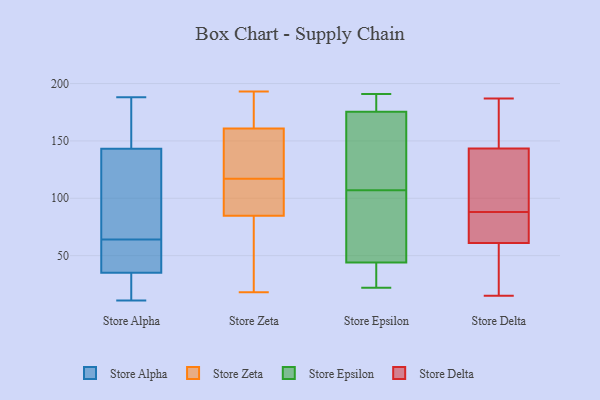
{"axis": {"x": "Shipments", "y": "Value"}, "legend": ["Store Alpha", "Store Delta", "Store Epsilon", "Store Zeta"], "data": [{"x": "", "y": 186, "type": "Store Alpha"}, {"x": "", "y": 11, "type": "Store Alpha"}, {"x": "", "y": 34, "type": "Store Alpha"}, {"x": "", "y": 61, "type": "Store Alpha"}, {"x": "", "y": 155, "type": "Store Alpha"}, {"x": "", "y": 34, "type": "Store Alpha"}, {"x": "", "y": 100, "type": "Store Alpha"}, {"x": "", "y": 114, "type": "Store Alpha"}, {"x": "", "y": 64, "type": "Store Alpha"}, {"x": "", "y": 188, "type": "Store Alpha"}, {"x": "", "y": 145, "type": "Store Alpha"}, {"x": "", "y": 54, "type": "Store Alpha"}, {"x": "", "y": 65, "type": "Store Alpha"}, {"x": "", "y": 50, "type": "Store Alpha"}, {"x": "", "y": 138, "type": "Store Alpha"}, {"x": "", "y": 38, "type": "Store Alpha"}, {"x": "", "y": 31, "type": "Store Alpha"}, {"x": "", "y": 165, "type": "Store Alpha"}, {"x": "", "y": 26, "type": "Store Alpha"}, {"x": "", "y": 164, "type": "Store Zeta"}, {"x": "", "y": 74, "type": "Store Zeta"}, {"x": "", "y": 61, "type": "Store Zeta"}, {"x": "", "y": 151, "type": "Store Zeta"}, {"x": "", "y": 83, "type": "Store Zeta"}, {"x": "", "y": 134, "type": "Store Zeta"}, {"x": "", "y": 90, "type": "Store Zeta"}, {"x": "", "y": 105, "type": "Store Zeta"}, {"x": "", "y": 136, "type": "Store Zeta"}, {"x": "", "y": 96, "type": "Store Zeta"}, {"x": "", "y": 165, "type": "Store Zeta"}, {"x": "", "y": 117, "type": "Store Zeta"}, {"x": "", "y": 18, "type": "Store Zeta"}, {"x": "", "y": 193, "type": "Store Zeta"}, {"x": "", "y": 190, "type": "Store Zeta"}, {"x": "", "y": 185, "type": "Store Epsilon"}, {"x": "", "y": 24, "type": "Store Epsilon"}, {"x": "", "y": 32, "type": "Store Epsilon"}, {"x": "", "y": 101, "type": "Store Epsilon"}, {"x": "", "y": 24, "type": "Store Epsilon"}, {"x": "", "y": 113, "type": "Store Epsilon"}, {"x": "", "y": 187, "type": "Store Epsilon"}, {"x": "", "y": 191, "type": "Store Epsilon"}, {"x": "", "y": 186, "type": "Store Epsilon"}, {"x": "", "y": 56, "type": "Store Epsilon"}, {"x": "", "y": 147, "type": "Store Epsilon"}, {"x": "", "y": 22, "type": "Store Epsilon"}, {"x": "", "y": 153, "type": "Store Epsilon"}, {"x": "", "y": 85, "type": "Store Epsilon"}, {"x": "", "y": 91, "type": "Store Epsilon"}, {"x": "", "y": 166, "type": "Store Epsilon"}, {"x": "", "y": 66, "type": "Store Delta"}, {"x": "", "y": 94, "type": "Store Delta"}, {"x": "", "y": 186, "type": "Store Delta"}, {"x": "", "y": 92, "type": "Store Delta"}, {"x": "", "y": 88, "type": "Store Delta"}, {"x": "", "y": 44, "type": "Store Delta"}, {"x": "", "y": 134, "type": "Store Delta"}, {"x": "", "y": 84, "type": "Store Delta"}, {"x": "", "y": 137, "type": "Store Delta"}, {"x": "", "y": 58, "type": "Store Delta"}, {"x": "", "y": 15, "type": "Store Delta"}, {"x": "", "y": 187, "type": "Store Delta"}, {"x": "", "y": 87, "type": "Store Delta"}, {"x": "", "y": 62, "type": "Store Delta"}, {"x": "", "y": 163, "type": "Store Delta"}, {"x": "", "y": 172, "type": "Store Delta"}, {"x": "", "y": 19, "type": "Store Delta"}]}